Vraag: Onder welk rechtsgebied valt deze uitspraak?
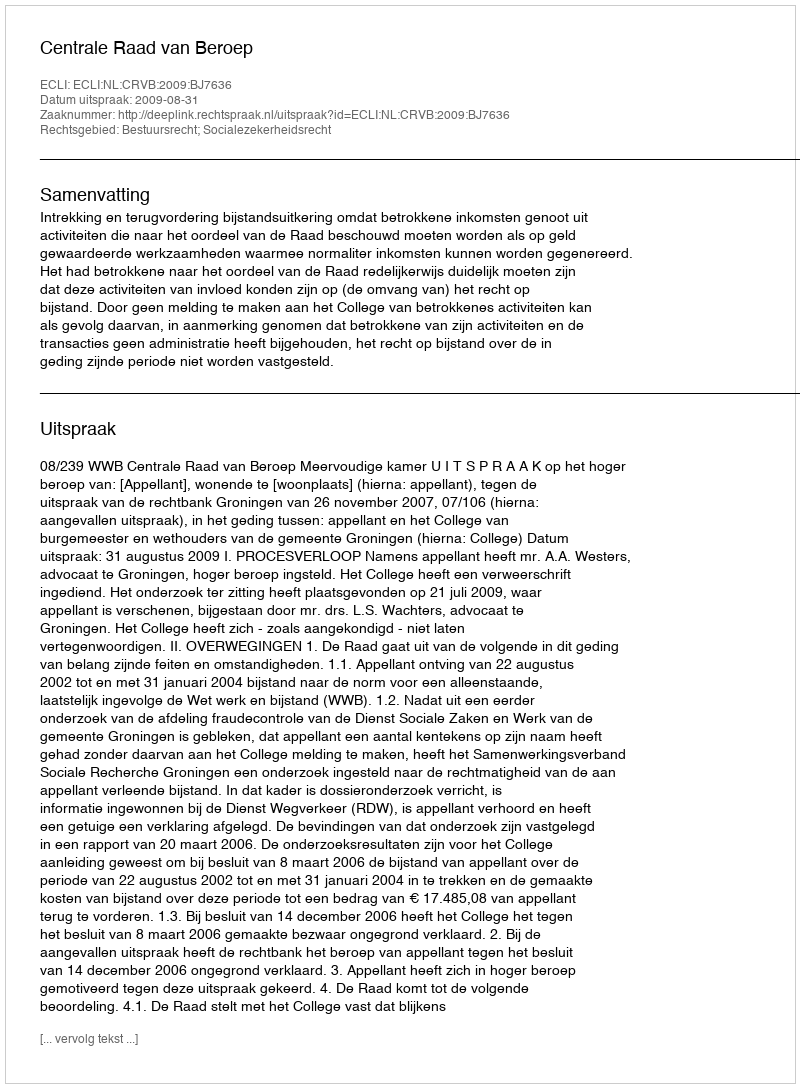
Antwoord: Bestuursrecht; Socialezekerheidsrecht